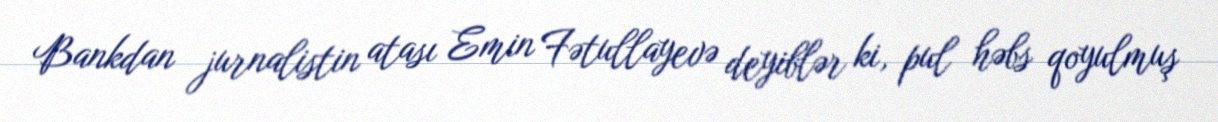
Bankdan jurnalistin atası Emin Fətullayevə deyiblər ki, pul həbs qoyulmuş